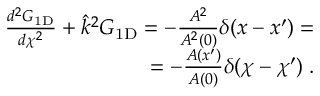
\begin{array} { r } { \frac { d ^ { 2 } G _ { \mathrm { 1 D } } } { d \chi ^ { 2 } } + \hat { k } ^ { 2 } G _ { \mathrm { 1 D } } = - \frac { A ^ { 2 } } { A ^ { 2 } ( 0 ) } \delta ( x - x ^ { \prime } ) = } \\ { = - \frac { A ( x ^ { \prime } ) } { A ( 0 ) } \delta ( \chi - \chi ^ { \prime } ) \; . } \end{array}